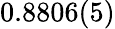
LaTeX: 0.8806(5)